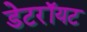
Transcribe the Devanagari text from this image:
डेटरॉयट